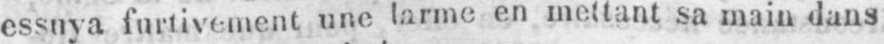
essuya furtivement une larme en mettant sa main dans